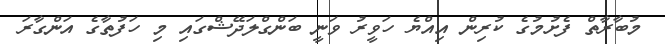
މުބާރާތް ފެށުމުގެ ކުރިން އިއްޔެ ހަވީރު ވަނީ ބަންގްލަދޭޝްގައި މި ހަފުތާގެ އަންގާރަ